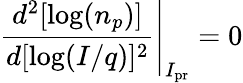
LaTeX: \left.\frac{d^{2}[\log(n_{p})]}{d[\log(I/q)]^{2}}\right|_{I_{\mathrm{pr}}}=0